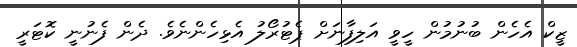
ޒީކް އެހެން ބުނުމުން ހީވީ އަލިފާނަށް ޕެޓުރޯލު އެޅިހެންނެވެ. ދެން ފެނުނީ ކޮޓަރީ